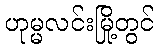
ဟုမ္မလင်းမြို့တွင်